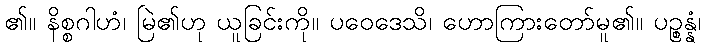
၏။ နိစ္စဂါဟံ၊ မြဲ၏ဟု ယူခြင်းကို။ ပဝေဒေသိ၊ ဟောကြားတော်မူ၏။ ပဉ္စန္နံ၊